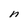
Character: n